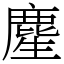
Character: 䴤